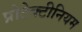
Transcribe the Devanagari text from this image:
प्रोटेक्टीनियम